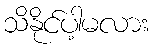
သိနိုင်ပါ့မလား